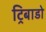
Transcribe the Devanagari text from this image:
ट्रिबाडो